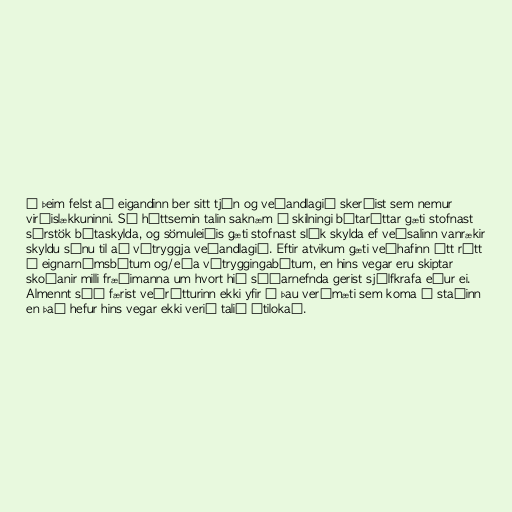
Í þeim felst að eigandinn ber sitt tjón og veðandlagið skerðist sem nemur
virðislækkuninni. Sé háttsemin talin saknæm í skilningi bótaréttar gæti stofnast
sérstök bótaskylda, og sömuleiðis gæti stofnast slík skylda ef veðsalinn vanrækir
skyldu sínu til að vátryggja veðandlagið. Eftir atvikum gæti veðhafinn átt rétt
á eignarnámsbótum og/eða vátryggingabótum, en hins vegar eru skiptar
skoðanir milli fræðimanna um hvort hið síðarnefnda gerist sjálfkrafa eður ei.
Almennt séð færist veðrétturinn ekki yfir á þau verðmæti sem koma í staðinn
en það hefur hins vegar ekki verið talið útilokað.